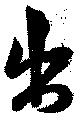
出